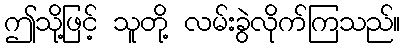
ဤသို့ဖြင့် သူတို့ လမ်းခွဲလိုက်ကြသည်။